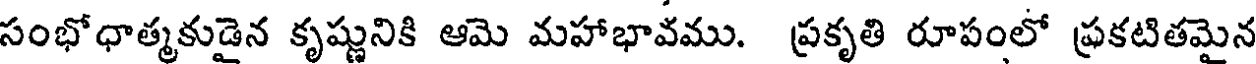
సంభోధాత్మకుడైన కృష్ణునికి ఆమె మహాభావము. ప్రకృతి రూపంలో ప్రకటితమైన